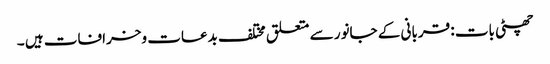
چھٹی بات : قربانی کے جانور سے متعلق مختلف بدعات وخرافات ہیں ۔